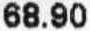
68.90